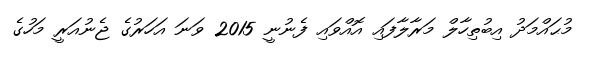
މުޙައްމަދު އިބުތިހާލް މަރާލާފައި އޮއްވައި ފެނުނީ 2015 ވަނަ އަހަރުގެ ޖެނުއަރީ މަހުގެ